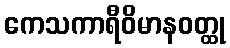
ကေသကာရီဝိမာနဝတ္ထု